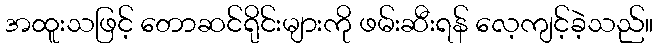
အထူးသဖြင့် တောဆင်ရိုင်းများကို ဖမ်းဆီးရန် လေ့ကျင့်ခဲ့သည်။